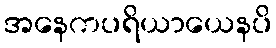
အနေကပရိယာယေနပိ